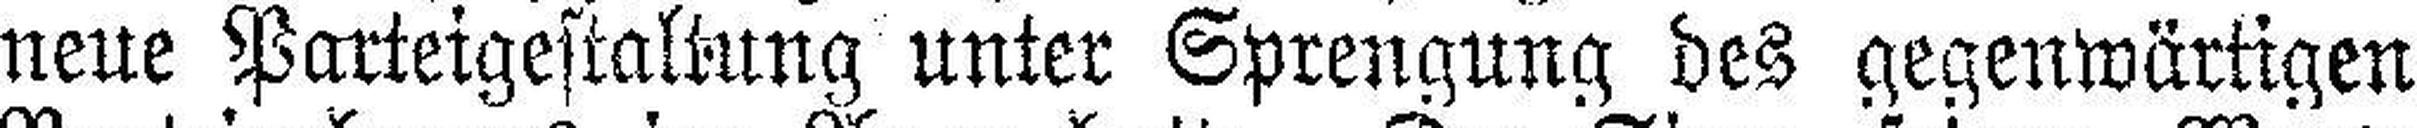
neue Parteigestaltung unter Sprengung des gegenwärtigen